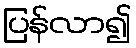
ပြန်လာ၍